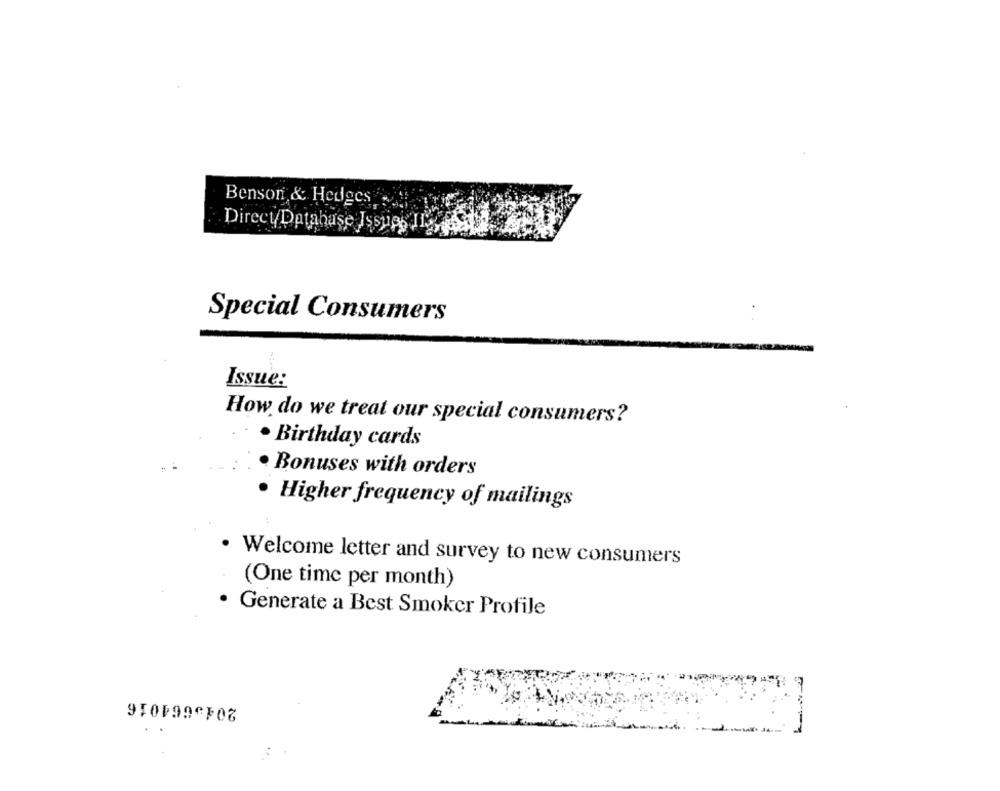
Benson & Hedges
Direct Database Issues 13
Special Consumers
Issue:
How do we treat our special consumers?
· Birthday cards
Bonuses with orders
· Higher frequency of mailings
· Welcome letter and survey to new consumers
(One time per month)
· Generate a Best Smoker Profile
2045664016